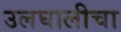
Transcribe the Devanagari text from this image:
उलघालीचा